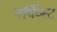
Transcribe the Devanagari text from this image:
नॉर्थेव्स्ट